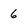
Character: 6